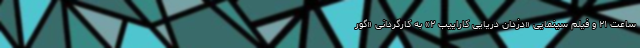
ساعت ۲۱ و فیلم سینمایی «دزدان دریایی کاراییب ۲» به کارگردانی «گور